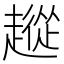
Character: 𧽵